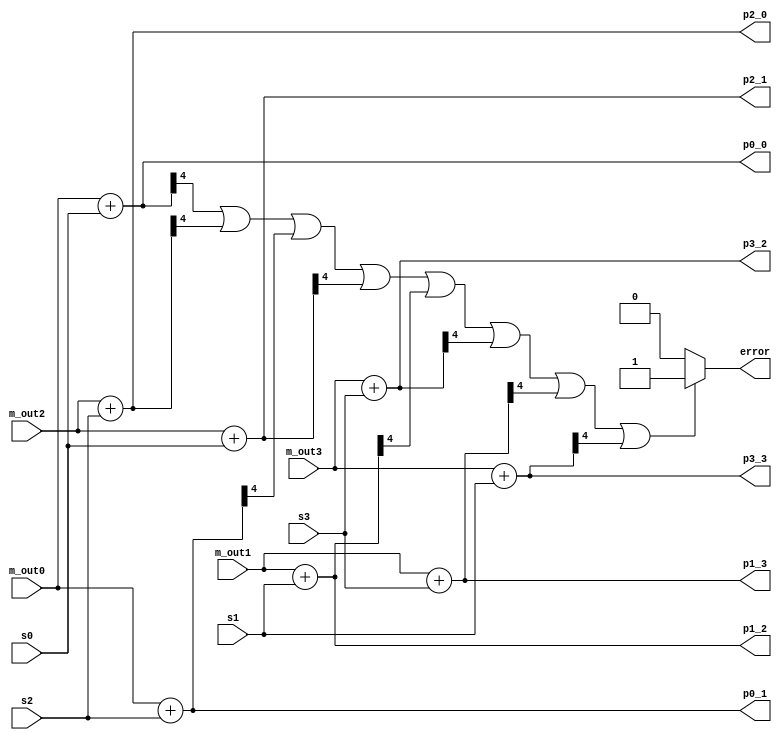
`timescale 1ns / 1ps
//////////////////////////////////////////////////////////////////////////////////
// Company: 
// Engineer: 
// 
// Design Name: 
// Module Name:    compute_metric 
// Project Name: 
// Target Devices: 
// Tool versions: 
// Description: 
//
// Dependencies: 
//
// Revision: 
// Revision 0.01 - File Created
// Additional Comments: 
//
//////////////////////////////////////////////////////////////////////////////////
module compute_metric(m_out0, m_out1, m_out2, m_out3, s0, s1, s2, s3, p0_0, p2_0, p0_1, p2_1, p1_2, p3_2, p1_3, p3_3, error);
    input [4:0] m_out0;
    input [4:0] m_out1;
    input [4:0] m_out2;
    input [4:0] m_out3;
    input [2:0] s0;
    input [2:0] s1;
    input [2:0] s2;
    input [2:0] s3;
    output [4:0] p0_0;
    output [4:0] p2_0;
    output [4:0] p0_1;
    output [4:0] p2_1;
    output [4:0] p1_2;
    output [4:0] p3_2;
    output [4:0] p1_3;
    output [4:0] p3_3;
    output error;
	 assign
	p0_0 = m_out0 + s0,
	p2_0 = m_out2 + s2,
	p0_1 = m_out0 + s2,
	p2_1 = m_out2 + s0,
	p1_2 = m_out1 + s1,
	p3_2 = m_out3 + s3,
	p1_3 = m_out1 + s3,
	p3_3 = m_out3 + s1;
	function is_error; input x1,x2,x3,x4,x5,x6,x7,x8;
	begin
	if (x1||x2||x3||x4||x5||x6||x7||x8) is_error = 1;
	else is_error = 0;
	end
	endfunction
	assign 
	error = is_error(p0_0[4],p2_0[4],p0_1[4],p2_1[4],
	p1_2[4],p3_2[4],p1_3[4],p3_3[4]);


endmodule